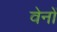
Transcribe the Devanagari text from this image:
वेनों